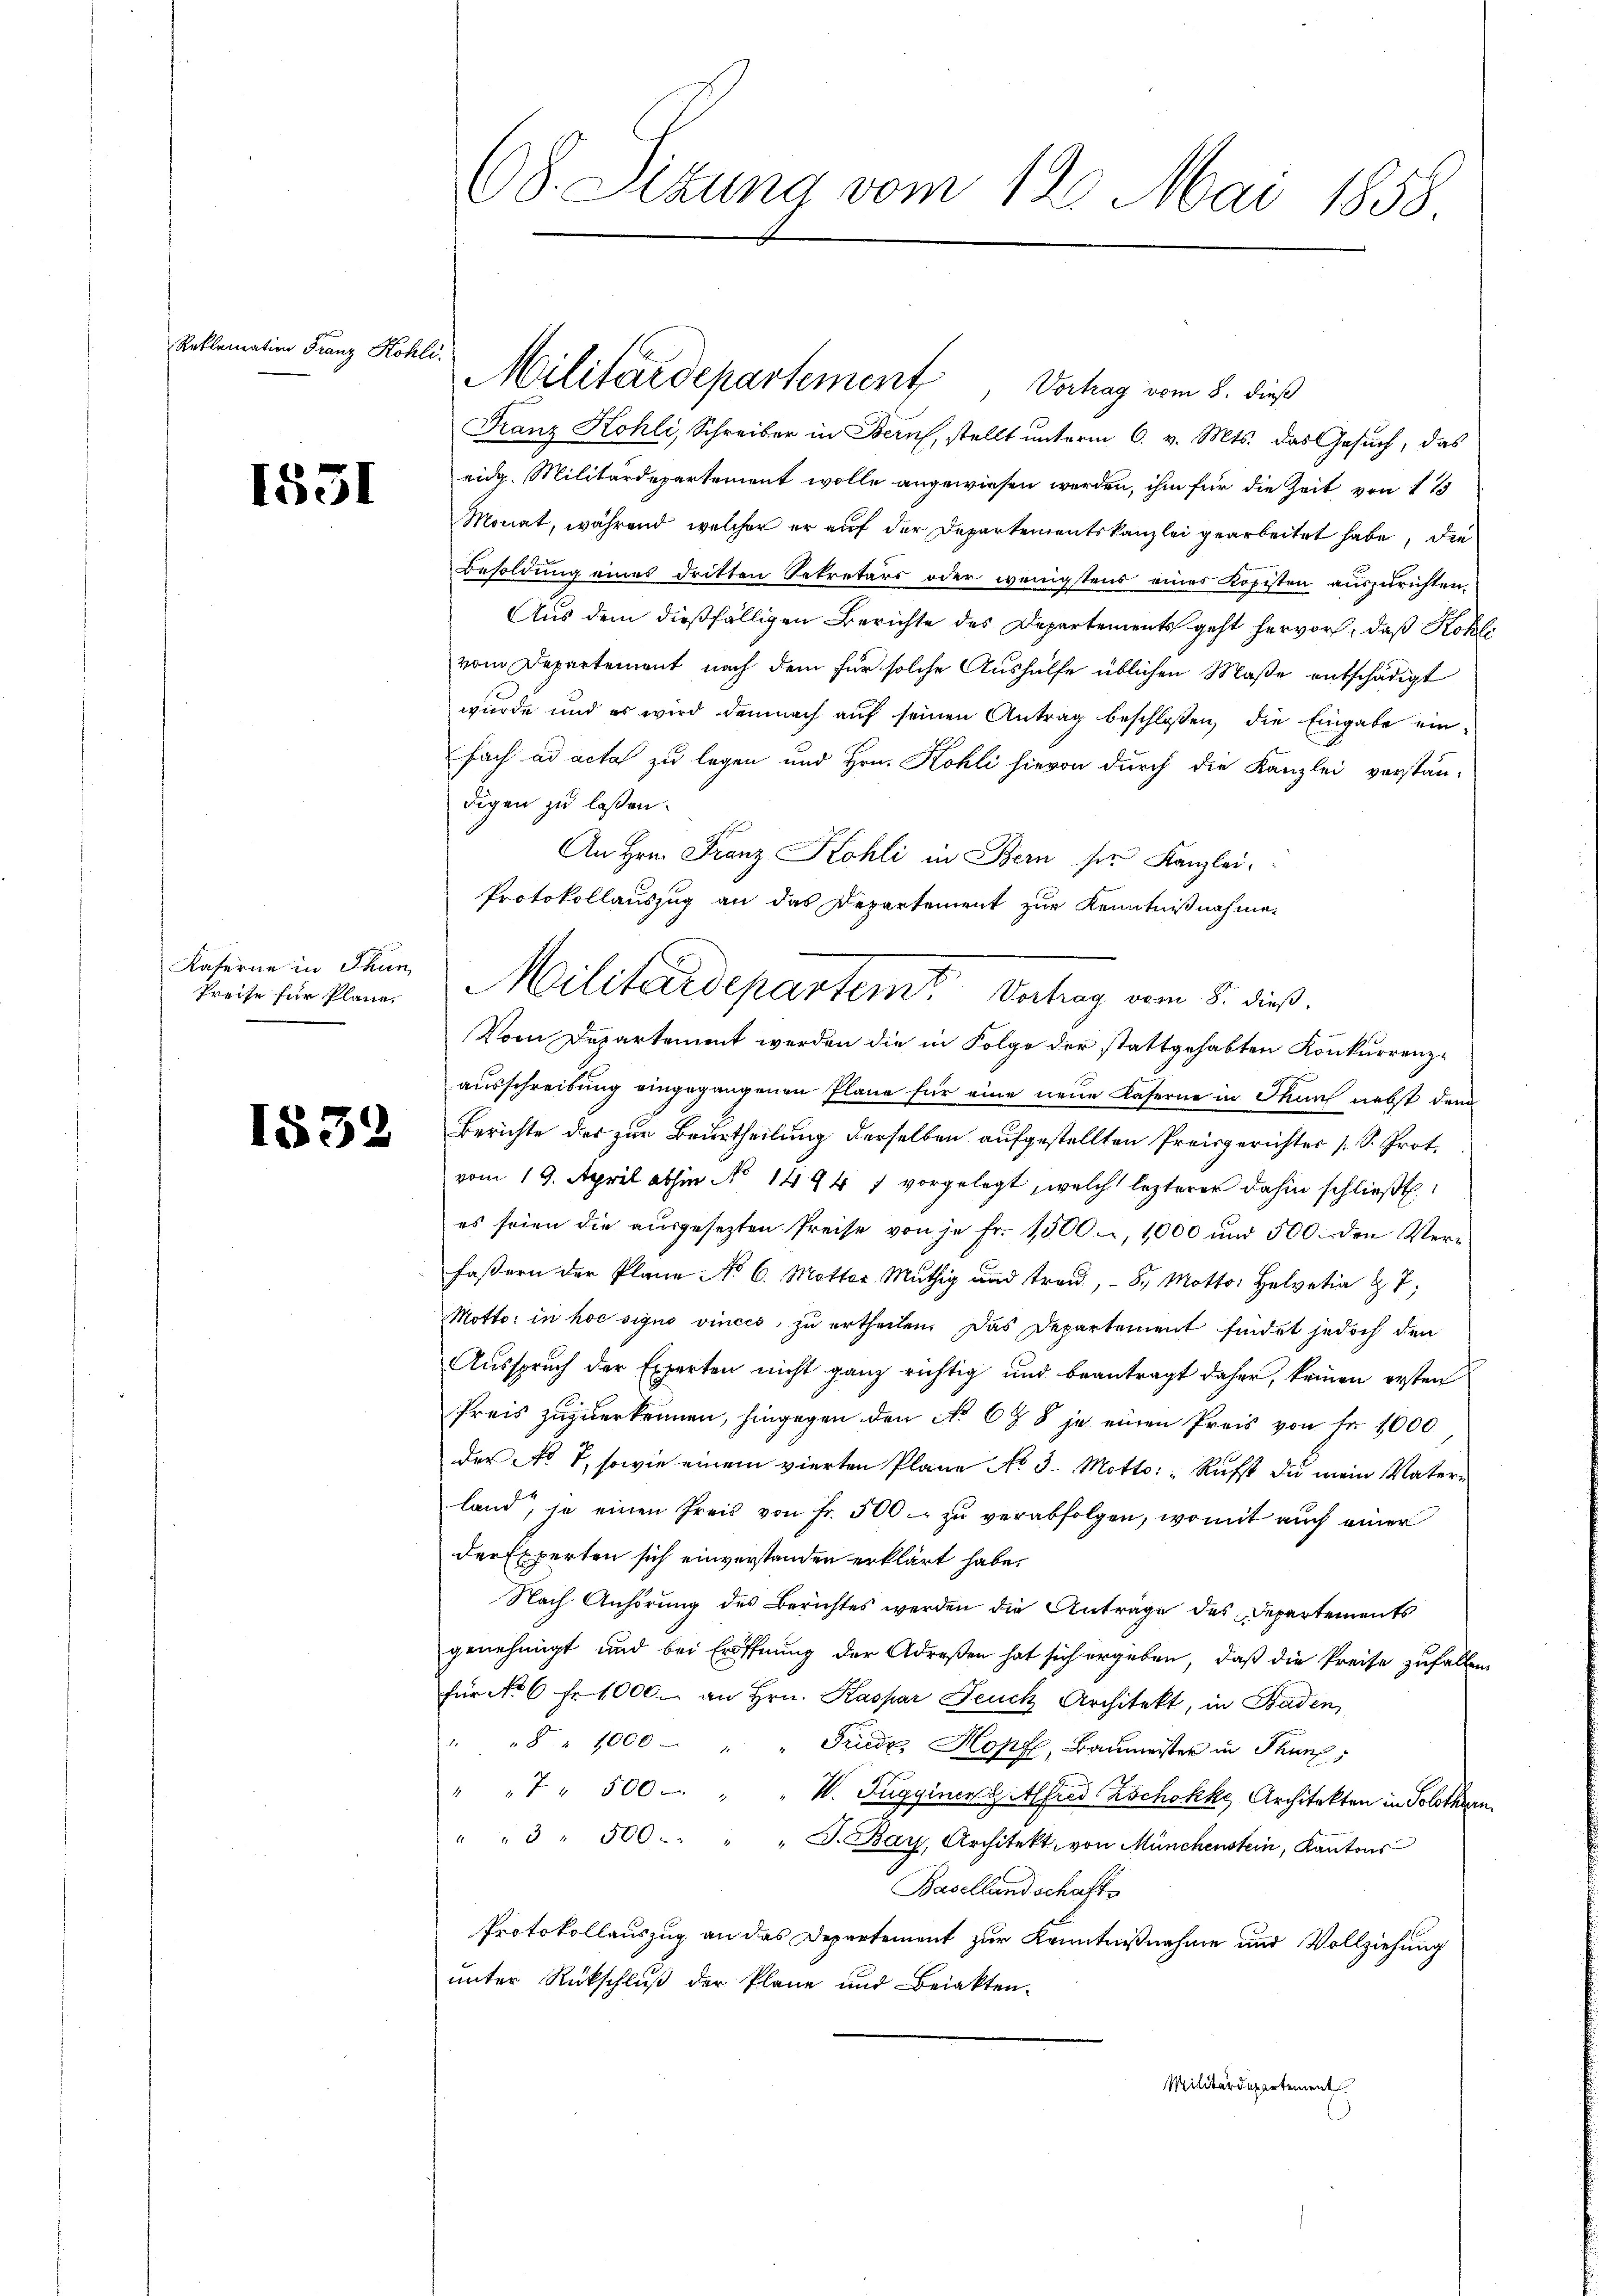
Reklamation Franz Kohli

1531

Kaserne in Thun
Preise für Pläne.

1832

68. Sizung vom 12. Mai 1858

Militärdepartement, Verhag vom 8. dieß

Franz Kohli, Schreiber in Bern, stellt unterm 6. v. Mts. das Gesuch, das
eidg. Militärdepartement wolle angewiesen werden, ihm für die Zeit von 1 1
Monat, während, welcher er auf der Departementskanzlei gearbeitet habe, die
Besoldung eines dritten Sekretärs oder wenigstens eines Kopisten auszurichten.
Aus dem dießfälligen Berichte des Departements geht hervor, daß Kohle
vom Departement nach dem für solche Aushülfe üblichen Maße entschädigt
wurde und es wird demnach auf seinen Antrag beschloßen, die Eingabe einfach ad acta zu legen und Hrn. Kohli hievon durch die Kanzlei vorstän-
digen zu lassen.
An Hrn. Franz Kohli in Bern sie Kanzlei-
Protokollauszug an das Departement zur Kenntnißnahme,
Vom Departement werden die in Folge der stattgehabten Konkurrenzausschreibung eingegangenen Pläne für eine neue Kaserne in Thun nebst dem
Berichte der zur Beurtheilung derselben aufgestellten Preisgerichter (S. Prot.
vom 19. April abhin No 1444 1 vorgelegt, welch lezterer dahin schließt
es seien die aŭsgesezten Preise von je Fr. 1500, 1000 und 500. den Verfasern der Plane No 6. Motter. Müthig und traŭ, 8. Motto: Helvetia & 7;
Motto: in hoc signo vinces, zu ertheilen. Das Departement findet jedoch den
Ausspruch der Experten nicht ganz richtig und beantragt daher, keinen ersten
Preis zŭzŭerkennen, hingegen den No 6 Z. 8 je einen Preis von Fr. 1000
der No 1, sowie einem vierten Plane No 3. Motto: "Rufst da mein Vatern
land, so einen Preis von Fr. 500. zŭ verabfolgen, womit auch einer
der Experten sich einverstanden erklärt habe.
Nach Anhörung des Berichtes werden die Anträge des Departements
genehmigt und bei Eröffnung der Adresen hat sich ergeben, daß die Preise zufallen
für No 6 fr. 1000. an Hrn. Kaspar Feuch Architekt, in Baden
" " " 1000 " " Friedr. Hopf, Baumeister in Thunf
" " " 500 " " W. Tugginen zitlfred Zschokke Architekten in Solothurn
""3 " 500. " " " J. Bay, Architekt von Münchenstein, Kantons
Basellandschaft
Protokollauszug an das Departement zur Kenntnißnahme und Vollziehung
unter Rückschluß der Plane und Beiakten.
Militärdepartement

Militärdepartem Vertrag vom 5. dieß.